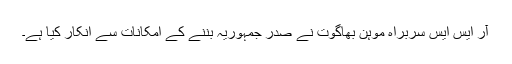
آر ایس ایس سربراہ موہن بھاگوت نے صدر جمہوریہ بننے کے امکانات سے انکار کیا ہے۔